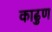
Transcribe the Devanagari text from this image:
काढुण